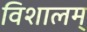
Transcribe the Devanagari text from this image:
विशालम्